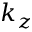
k _ { z }